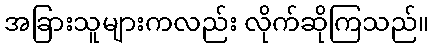
အခြားသူများကလည်း လိုက်ဆိုကြသည်။